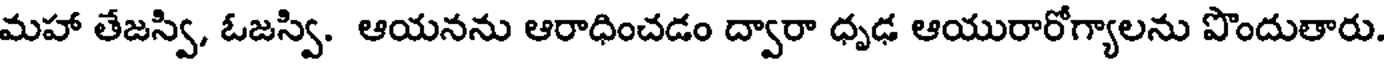
మహా తేజస్వి, ఓజస్వి. ఆయనను ఆరాధించడం ద్వారా ధృఢ ఆయురారోగ్యాలను పొందుతారు.